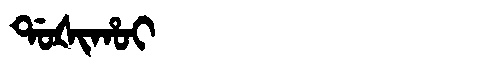
Manchu: ᡩᠣᡧᡳᡥᠣᡳ
Romanization: DOŠIHOI